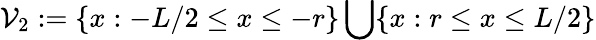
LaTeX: \mathcal{V}_{2}:=\{ x:-L/2\leq x\leq-r\} \bigcup\{ x:r\leq x\leq L/2\}